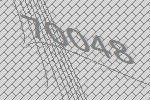
70048